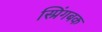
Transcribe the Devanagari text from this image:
स्प्रिंगबक